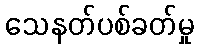
သေနတ်ပစ်ခတ်မှု